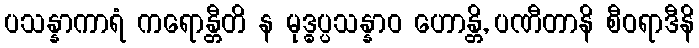
ပသန္နာကာရံ ကရောန္တီတိ န မုဒ္ဓပ္ပသန္နာဝ ဟောန္တိ, ပဏီတာနိ စီဝရာဒီနိ